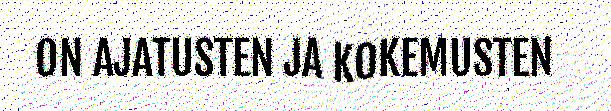
ON AJATUSTEN JA KOKEMUSTEN